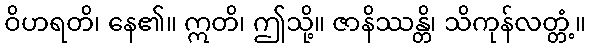
ဝိဟရတိ၊ နေ၏။ ဣတိ၊ ဤသို့။ ဇာနိဿန္တိ၊ သိကုန်လတ္တံ့။